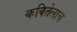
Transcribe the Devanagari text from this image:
कवितेलाच